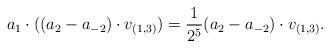
LaTeX: \begin{align*}a_1 \cdot ((a_2 - a_{-2}) \cdot v_{(1,3)}) = \frac{1}{2^5} (a_2 - a_{-2}) \cdot v_{(1,3)}.\end{align*}